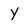
Character: Y